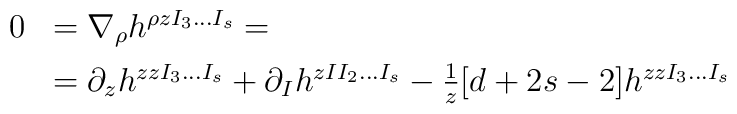
\begin{array}{rl}0&=\nabla_{\rho} h^{\rho z I_3\ldots I_s} =\\[5pt]&=\partial_z h^{zzI_3\ldots I_s}+\partial_I h^{zII_2\ldots I_s}-{1\over z}[d+2s-2]h^{zzI_3\ldots I_s}\end{array}